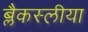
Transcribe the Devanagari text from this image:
ब्लैकस्लीया